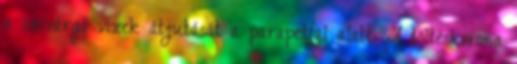
a szivárgó vizek átjutását a parapetfal alatt. A töltéskorona